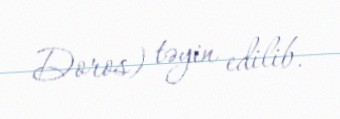
Doros) təyin edilib.